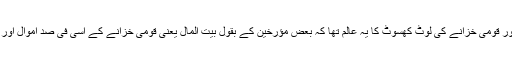
وی آئی پی کلچر نے مسلمان سوسائٹی میں اپنی جگہ بنا لی تھی اور قومی خزانے کی لوٹ کھسوٹ کا یہ عالم تھا کہ بعض مؤرخین کے بقول بیت المال یعنی قومی خزانے کے اسی فی صد اموال اور اثاثے شاہی خاندان اور مراعات یافتہ طبقوں کی تحویل میں تھے۔